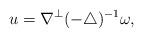
LaTeX: \begin{align*}u=\nabla^{\perp}(-\triangle)^{-1}\omega,\end{align*}